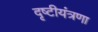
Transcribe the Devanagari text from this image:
दृष्टीयंत्रणा